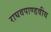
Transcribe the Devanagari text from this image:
राघवपाण्डवीय